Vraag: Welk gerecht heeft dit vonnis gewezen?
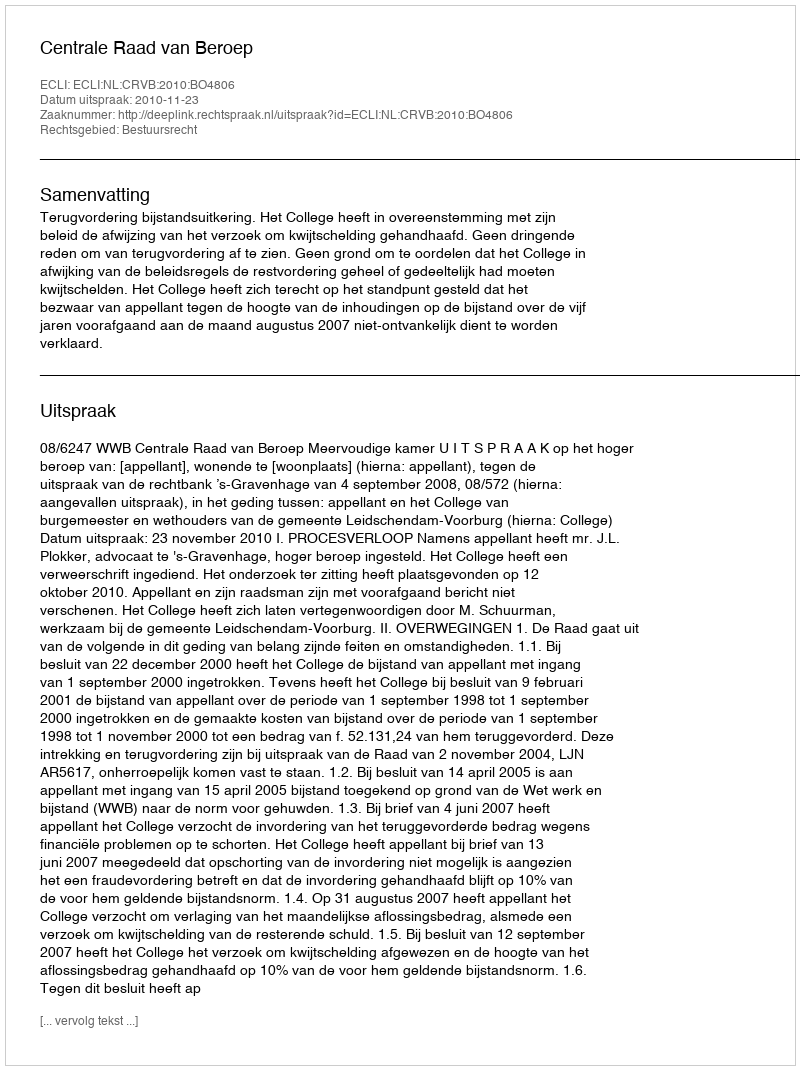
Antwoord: Centrale Raad van Beroep